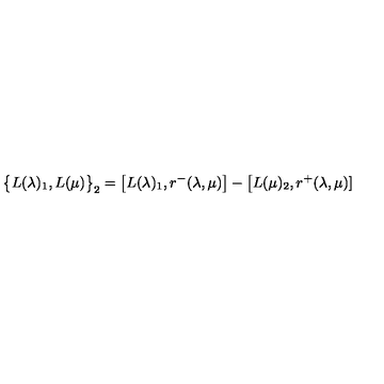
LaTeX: \big \{ L ( \lambda ) _ { 1 } , L ( \mu ) \big \} _ { 2 } = \big [ L ( \lambda ) _ { 1 } , r ^ { - } ( \lambda , \mu ) \big ] - \big [ L ( \mu ) _ { 2 } , r ^ { + } ( \lambda , \mu ) ]